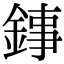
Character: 𨧫